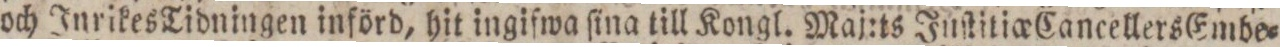
och Inrikes Tidningen införd, hit ingifwa ſina till Kongl. Maj:ts Juſtitio_e Cancellers Embe=